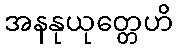
အနနုယုတ္တေဟိ